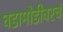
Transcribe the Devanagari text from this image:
घडामोडीवरचं